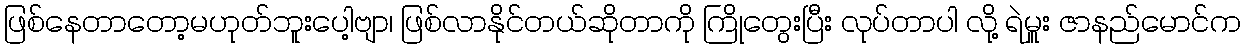
ဖြစ်နေတာတော့မဟုတ်ဘူးပေါ့ဗျာ၊ ဖြစ်လာနိုင်တယ်ဆိုတာကို ကြိုတွေးပြီး လုပ်တာပါ လို့ ရဲမှူး ဇာနည်မောင်က